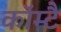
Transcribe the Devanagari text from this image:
कॉम्टै